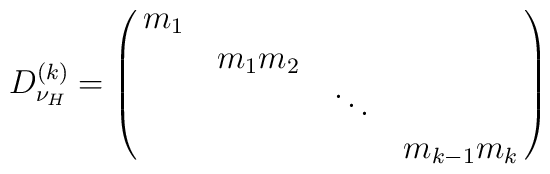
D^{(k)}_{\nu_{H}}=\left(\matrix{m_{1} & & \cr & m_{1}m_{2} & \cr& &\ddots & \cr  & & &m_{k-1}m_{k}\cr}\right)